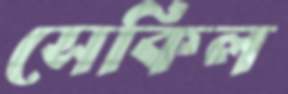
সেকিল